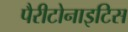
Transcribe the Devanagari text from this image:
पैरीटोनाइटिस